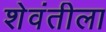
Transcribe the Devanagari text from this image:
शेवंतीला